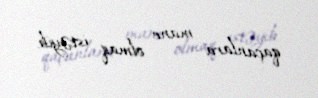
qaçanlara mane olmaq istəyib.